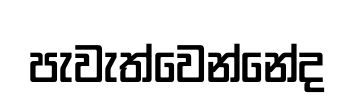
පැවැත්වෙන්නේද